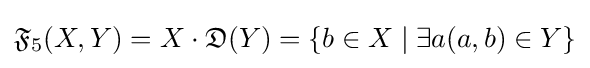
{\mathfrak {F}}_{5}(X,Y)=X\cdot {\mathfrak {D}}(Y)=\{b\in X\mid \exists a(a,b)\in Y\}